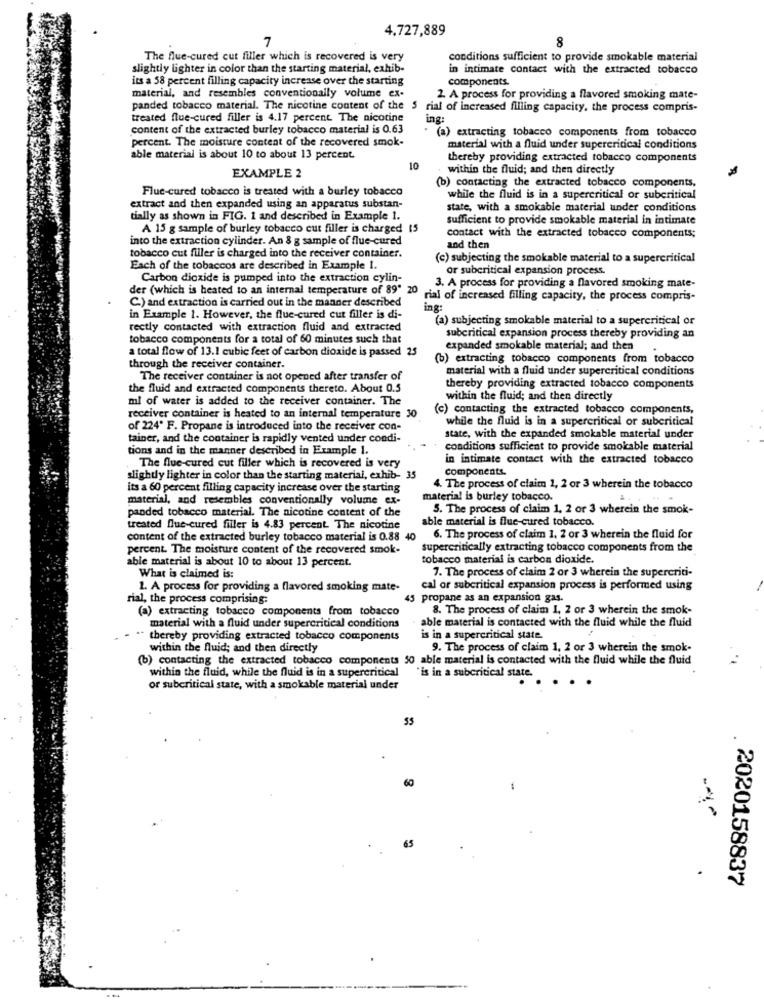
4,727,889
7
8
The flue-cured cut filler which is recovered is very
conditions sufficient to provide smokable material
slightly lighter in color than the starting material, exhib-
in intimate contact with the extracted tobacco
its a 58 percent filling capacity increase over the starting
components.
material, and resembles conventionally volume ex-
2. A process for providing a flavored smoking mate-
panded tobacco material. The nicotine content of the
rial of increased filling capacity. the process compris-
treated flue-cured filler is 4.17 percent The nicotine
ing:
content of the extracted burley tobacco material is 0.63
(a) extracting tobacco components from tobacco
percent. The moisture content of the recovered smok-
material with a fluid under supercritical conditions
able material is about 10 to about 13 percent.
thereby providing extracted tobacco components
EXAMPLE 2
10
within the fluid; and then directly
Flue-cured tobacco is treated with a burley tobacco
(b) contacting the extracted tobacco components,
while the fluid is in a supercritical or subcritical
extract and then expanded using an apparatus substan-
state, with a smokable material under conditions
tially as shown in FIG. 1 and described in Example 1.
sufficient to provide smokable material in intimate
A 15 g sample of burley tobacco cut filler is charged 15
into the extraction cylinder. An 8 g sample of flue-cured
contact with the extracted tobacco components;
and then
tobacco cut filler is charged into the receiver container.
(c) subjecting the smokable material to a supercritical
Each of the tobaccos are described in Example I.
or subcritical expansion process.
Carbon dioxide is pumped into the extraction cylin-
der (which is heated to an internal temperature of 89' 20
3. A process for providing a flavored smoking mate-
C.) and extraction is carried out in the manner described
rial of increased filling capacity, the process compris-
ing:
in Example 1. However, the flue-cured cut filler is di-
(a) subjecting smokable material to a supercritical or
rectly contacted with extraction fluid and extracted
tobacco components for a total of 60 minutes such that
subcritical expansion process thereby providing an
a total flow of 13.1 cubic feet of carbon dioxide is passed 25
expanded smokable material; and then
(b) extracting tobacco components from tobacco
through the receiver container.
material with a fluid under supercritical conditions
The receiver container is not opened after transfer of
the fluid and extracted components thereto. About 0.5
thereby providing extracted tobacco components
ml of water is added to the receiver container. The
within the fluid; and then directly
(c) contacting the extracted tobacco components,
receiver container is heated to an internal temperature 30
while the fluid is in a supercritical or subcritical
of 224' F. Propane is introduced into the receiver con-
tainer, and the container is rapidly vented under condi-
state, with the expanded smokable material under
tions and in the manner described in Example 1.
conditions sufficient to provide smokable material
in intimate contact with the extracted tobacco
.The flue-cured cut filler which is recovered is very
components.
slightly lighter in color than the starting material, exhib- 35
its a 60 percent filling capacity increase over the starting
4. The process of claim 1, 2 or 3 wherein the tobacco
material, and resembles conventionally volume ex-
material is burley tobacco.
panded tobacco material. The nicotine content of the
5. The process of claim 1, 2 or 3 wherein the smok-
able material is flue-cured tobacco.
treated Due-cured filler is 4.83 percent. The nicotine
content of the extracted burley tobacco material is 0.88 40
6. The process of claim 1, 2 or 3 wherein the fluid for
percent. The moisture content of the recovered smok-
supercritically extracting tobacco components from the
able material is about 10 to about 13 percent.
tobacco material is carbon dioxide.
7. The process of claim 2 or 3 wherein the supercriti-
What is claimed is:
1. A process for providing a flavored smoking mate-
cal or subcritical expansion process is performed using
rial, the process comprising:
45 propane as an expansion gas.
(a) extracting tobacco components from tobacco
8. The process of claim 1, 2 or 3 wherein the smok-
able material is contacted with the fluid while the fluid
material with a fluid under supercritical conditions
thereby providing extracted tobacco components
is in a supercritical state.
within the fluid; and then directly
9. The process of claim 1, 2 or 3 wherein the smok-
(b) contacting the extracted tobacco components 50 able material is contacted with the fluid while the fluid
within the fluid, while the fluid is in a supercritical
"is in a subcritical state.
.....
or subcritical state, with a smokable material under
60
65
2020158837